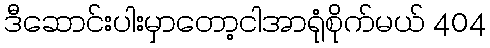
ဒီဆောင်းပါးမှာတော့ငါအာရုံစိုက်မယ် 404